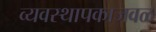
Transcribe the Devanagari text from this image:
व्यवस्थापकाजवळ